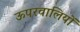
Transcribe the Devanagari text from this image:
ऊपरवालियों